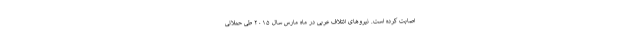
اصابت کرده است. نیروهای ائتلاف عربی در ماه مارس سال ۲۰۱۵ طی حملاتی